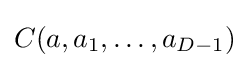
C(a,a_{1},\ldots ,a_{D-1})